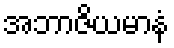
အဘာဇိယမာနံ